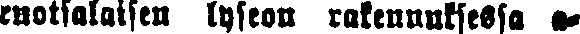
ruotsalaisen lyseon rakennuksessa a-